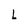
Character: L